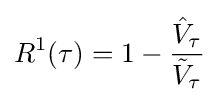
R^{1}(\tau )=1-{\frac {{\hat {V}}_{\tau }}{{\tilde {V}}_{\tau }}}